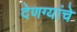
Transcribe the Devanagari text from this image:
देणग्यांचे